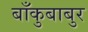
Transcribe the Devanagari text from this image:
बाँकुबाबुर